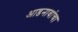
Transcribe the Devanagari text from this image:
आडनावांचा